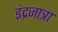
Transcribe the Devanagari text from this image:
इंद्रजात्रा